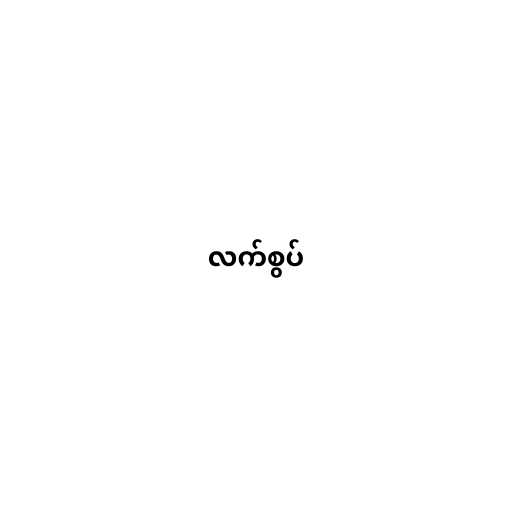
လက်စွပ်